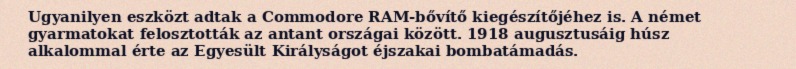
Ugyanilyen eszközt adtak a Commodore RAM-bővítő kiegészítőjéhez is. A német gyarmatokat felosztották az antant országai között. 1918 augusztusáig húsz alkalommal érte az Egyesült Királyságot éjszakai bombatámadás.